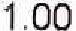
1.00